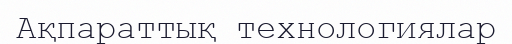
Ақпараттық технологиялар